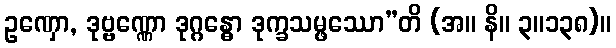
ဥဏှော, ဒုဗ္ဗဏ္ဏော ဒုဂ္ဂန္ဓော ဒုက္ခသမ္ဖဿော”တိ (အ။ နိ။ ၃။၁၃၈)။